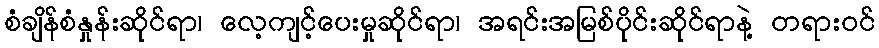
စံချိန်စံနှုန်းဆိုင်ရာ၊ လေ့ကျင့်ပေးမှုဆိုင်ရာ၊ အရင်းအမြစ်ပိုင်းဆိုင်ရာနဲ့ တရားဝင်